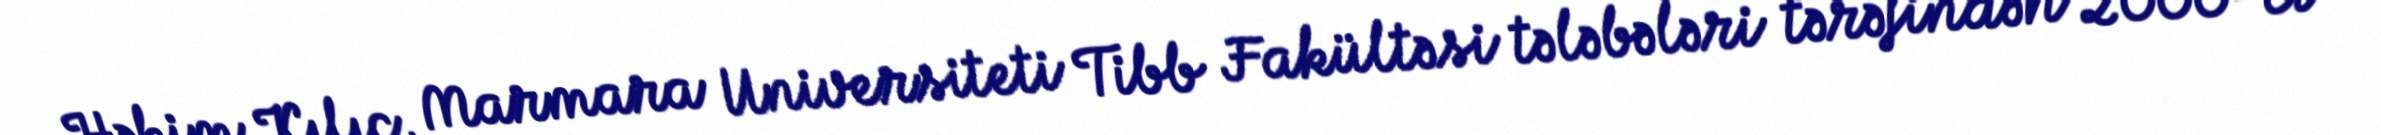
Həkim Kılıç, Marmara Universiteti Tibb Fakültəsi tələbələri tərəfindən 2000-ci